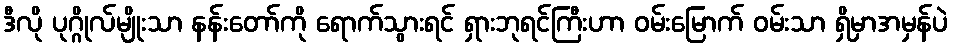
ဒီလို ပုဂ္ဂိုလ်မျိုးသာ နန်းတော်ကို ရောက်သွားရင် ရှားဘုရင်ကြီးဟာ ဝမ်းမြောက် ဝမ်းသာ ရှိမှာအမှန်ပဲ